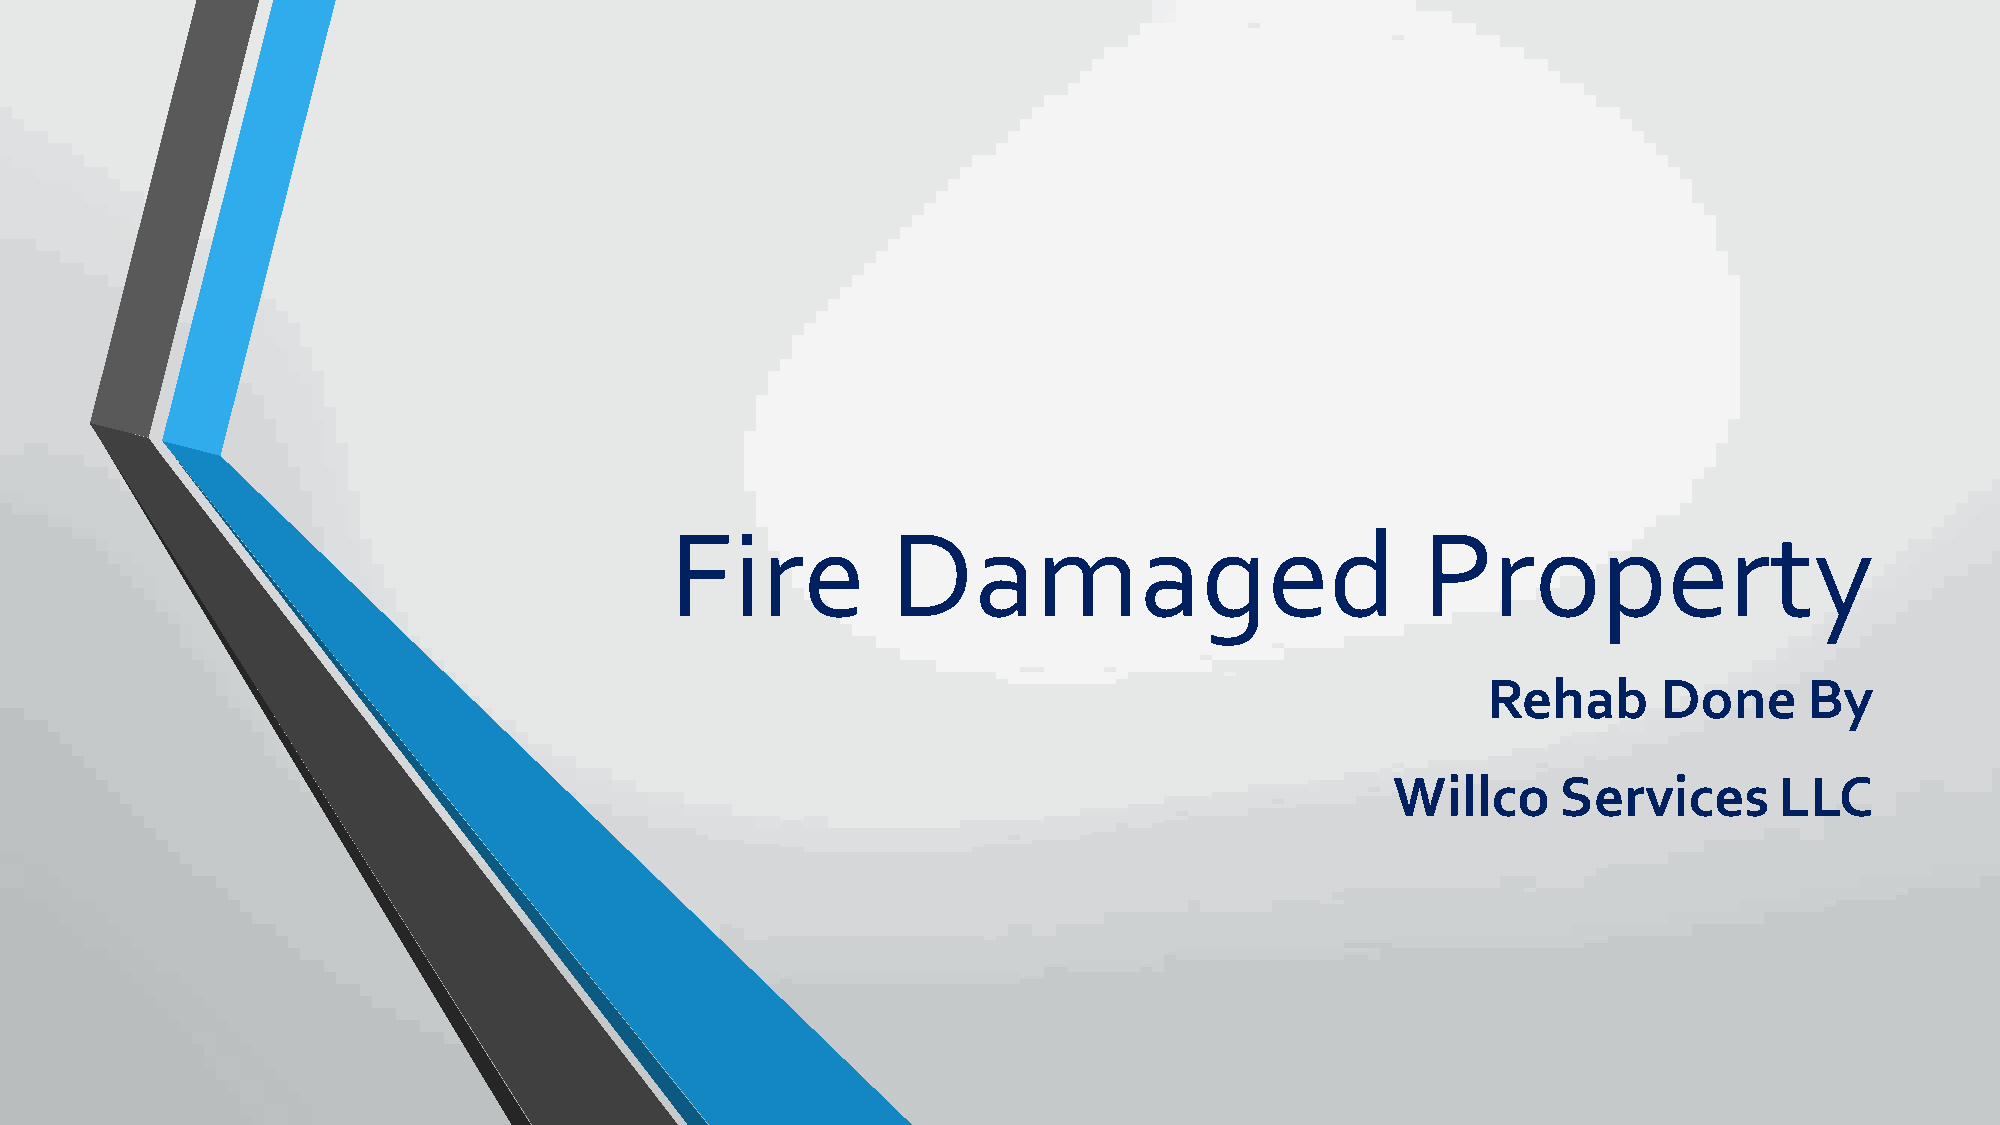
Fire           Damaged                            Property
 Rehab       Done      By
 Willco     Services       LLC